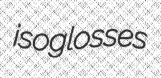
isoglosses